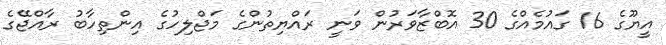
އީޔޫގެ 16 ގައުމެއްގެ 30 އޮބްޒާވަރުން ވަނީ ރައްޔިތުންގެ މަޖްލިހުގެ އިންތިހާބު ރާއްޖޭގެ